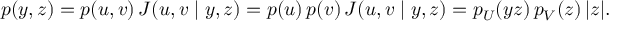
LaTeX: p ( y , z ) = p ( u , v ) \, J ( u , v \mid y , z ) = p ( u ) \, p ( v ) \, J ( u , v \mid y , z ) = p _ { U } ( y z ) \, p _ { V } ( z ) \, | z | .